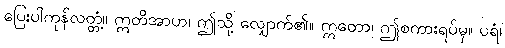
ပြေးပါကုန်လတ္တံ့။ ဣတိအာဟ၊ ဤသို့ လျှောက်၏။ ဣတော၊ ဤစကားရပ်မှ။ ပရံ၊